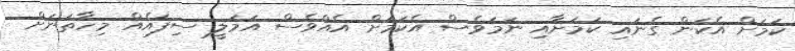
ކަމަށް އެކަން ގެނައި ކަމަށާއި ނަމަވެސް އެކަމަށް އެއްވެސް އަމަލީ ސިފައެއް މިހާތަނަށް